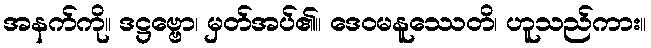
အနက်ကို။ ဒဋ္ဌဗ္ဗော၊ မှတ်အပ်၏။ ဒေဝမနူဿေတိ၊ ဟူသည်ကား။